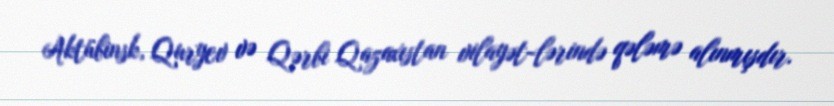
Aktübinsk, Quryev və Qərbi Qazaxıstan vilayət-lərində qələmə alınmışdır.